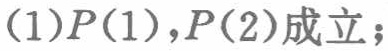
(1)$P(1),P(2)$成立；